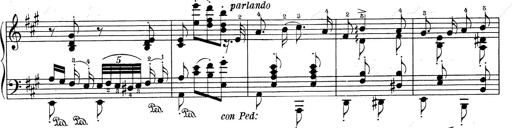
Title: RÃ©miniscences de Don Juan
Composer: Franz Liszt